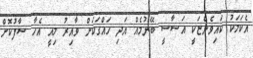
އެކަމަކު ކައިވެންޏަކީ އަސާސީ ބޭނުމެއް އަދި ހައްގަކަށް ވާއިރު މިއީ އެހާ ސާފުކޮށް